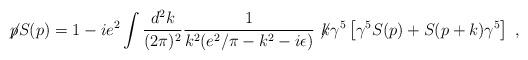
LaTeX: \begin{align*}\not\! p S(p)=1-ie^2\int\frac{d^2k}{(2\pi)^2}\frac{1}{k^2(e^2/\pi-k^2 -i\epsilon)}\not\! k\gamma^5\left[\gamma^5S(p)+S(p+k)\gamma^5\right]\; ,\end{align*}